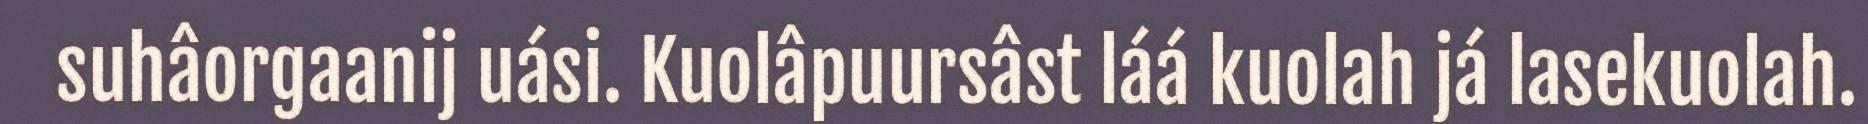
suhâorgaanij uási. Kuolâpuursâst láá kuolah já lasekuolah.